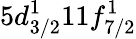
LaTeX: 5d_{3/2}^{1}11f_{7/2}^{1}